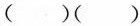
（）（）